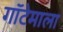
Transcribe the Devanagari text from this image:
गॉटेमाला